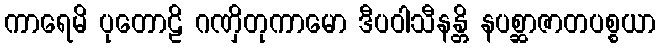
ကာရေမိ ပုတောဠိ ဂဏှိတုကာမော ဒီပဝါသီနန္တိ နပစ္ဆာဇာတပစ္စယာ